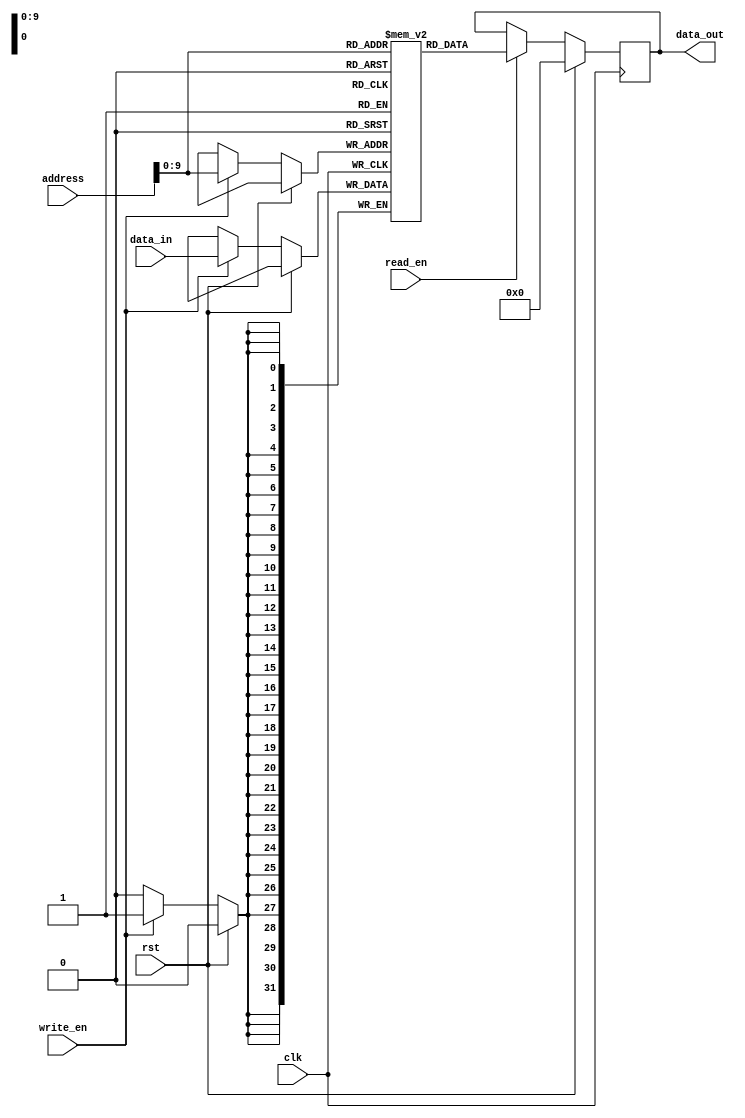
module RLDRAM (
    input wire clk, // Clock signal
    input wire rst, // Reset signal
    input wire read_en, // Read enable signal
    input wire write_en, // Write enable signal
    input wire [31:0] address, // Memory address
    input wire [31:0] data_in, // Input data
    output reg [31:0] data_out // Output data
);

// Controller module for accessing memory blocks
// (Controller logic not shown for brevity)

// Data path for reading and writing data
always @(posedge clk) begin
    if (rst) begin
        data_out <= 32'h0;
    end else begin
        if (read_en) begin
            data_out <= memory[address];
        end
        if (write_en) begin
            memory[address] <= data_in;
        end
    end
end

// Address registers for storing memory addresses
reg [31:0] memory [0:1023]; // 1024 memory blocks

// Control signals for managing access operations
// (Control logic not shown for brevity)

endmodule